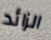
الزائد